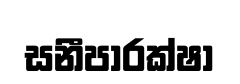
සනීපාරක්ෂා